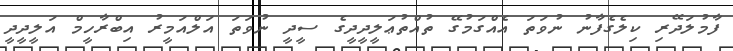
ފާމުލަދޭރި ކިލެގެފާނު ނުވަތަ އެއްގަމުގޭ ތުއްތުޢަލީދީދީގެ ސީދީ ނުވަތަ އަލްއަމީރު އިބްރާހީމް އަލީދީދީ